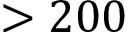
> 2 0 0